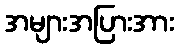
အများအပြားအား